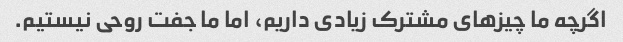
اگرچه ما چیزهای مشترک زیادی داریم، اما ما جفت روحی نیستیم.